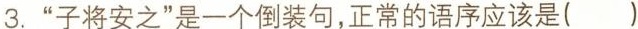
3.”子将安之”是一个倒装句，正常的语序应该是( )